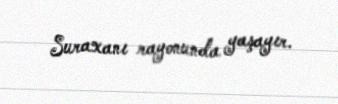
Suraxanı rayonunda yaşayır.